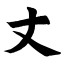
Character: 丈